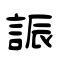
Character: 誫